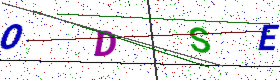
Text: ODSE